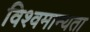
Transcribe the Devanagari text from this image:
विश्वमान्यता